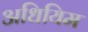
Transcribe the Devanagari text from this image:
अधियिम